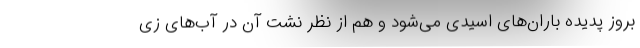
بروز پدیده باران‌های اسیدی می‌شود و هم از نظر نشت آن در آب‌های زی